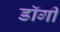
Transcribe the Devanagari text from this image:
डॉगी